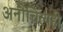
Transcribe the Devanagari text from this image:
अनौचित्यही